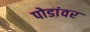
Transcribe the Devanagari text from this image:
पोडांवर